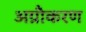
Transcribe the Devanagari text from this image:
अग्नौकरण